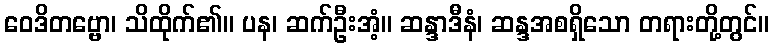
ဝေဒိတဗ္ဗော၊ သိထိုက်၏။ ပန၊ ဆက်ဦးအံ့။ ဆန္ဒာဒီနံ၊ ဆန္ဒအစရှိသော တရားတို့တွင်။